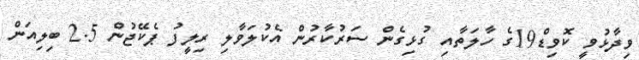
ވިދާޅުވީ ކޮވިޑް19ގެ ހާލަތާއި ގުޅިގެން ސަރުކާރުން އެކުލަވާލި ރިލީފު ޕެކޭޖުން 2.5 ބިލިއަން